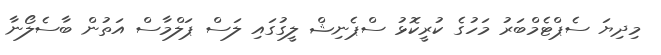
މިދިޔަ ސެޕްޓެމްބަރު މަހުގެ ކުރީކޮޅު ސްޕެނިޝް ލީގުގައި ލަސް ޕަލްމާސް އަތުން ބާސެލޯނާ